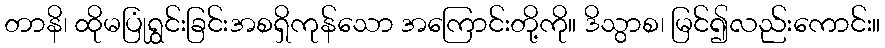
တာနိ၊ ထိုမပြုံရွှင်းခြင်းအစရှိကုန်သော အကြောင်းတို့ကို။ ဒိသွာစ၊ မြင်၍လည်းကောင်း။